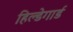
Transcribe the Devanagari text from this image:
हिल्डेगार्ड